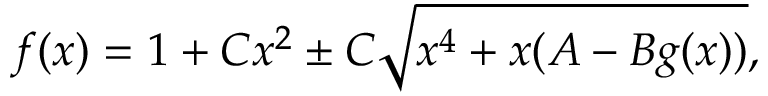
f ( x ) = 1 + C x ^ { 2 } \pm C \sqrt { x ^ { 4 } + x ( A - B g ( x ) ) } ,